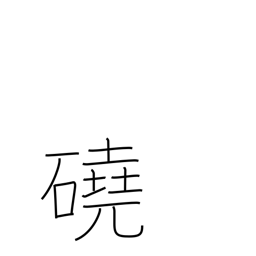
Meaning: barren